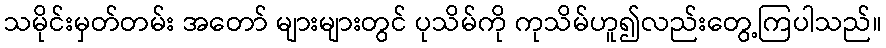
သမိုင်းမှတ်တမ်း အတော် များများတွင် ပုသိမ်ကို ကုသိမ်ဟူ၍လည်းတွေ့ကြပါသည်။